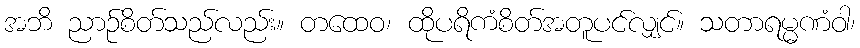
အဘိ ညာဉ်စိတ်သည်လည်း။ တထေဝ၊ ထိုပရိကံစိတ်အတူပင်လျှင်။ သတာရမ္မဏံဝါ၊